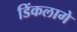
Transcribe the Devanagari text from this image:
डिंकलागे